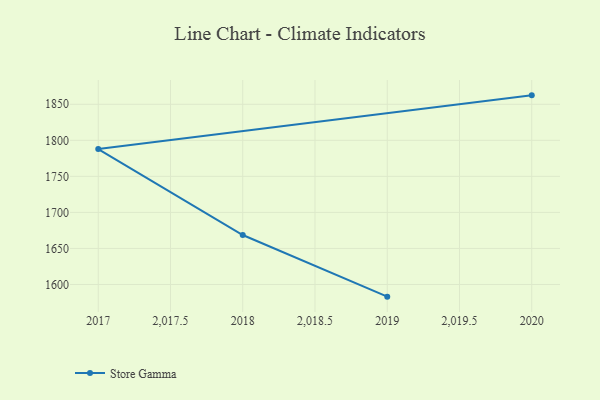
{"axis": {"x": "Year", "y": "Revenue (USD Million)"}, "legend": ["Store Gamma"], "data": [{"x": "2020", "y": 1862.4, "type": "Store Gamma"}, {"x": "2017", "y": 1787.9, "type": "Store Gamma"}, {"x": "2018", "y": 1668.6, "type": "Store Gamma"}, {"x": "2019", "y": 1583.1, "type": "Store Gamma"}]}